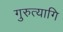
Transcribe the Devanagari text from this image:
गुरुत्यागि